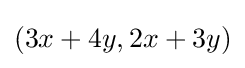
(3x+4y,2x+3y)